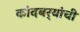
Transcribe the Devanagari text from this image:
कांदबर्‍यांची